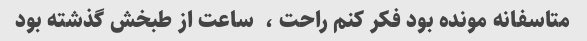
متاسفانه مونده بود فکر کنم راحت ،  ساعت از طبخش گذشته بود